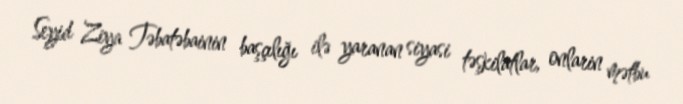
Seyid Ziya Təbatəbainin başçılığı ilə yaranan siyasi təşkilatlar, onlarin mətbu